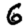
Digit: 6